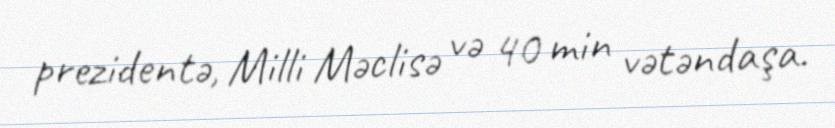
prezidentə, Milli Məclisə və 40 min vətəndaşa.